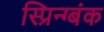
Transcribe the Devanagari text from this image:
स्प्रिन्ग्बंक